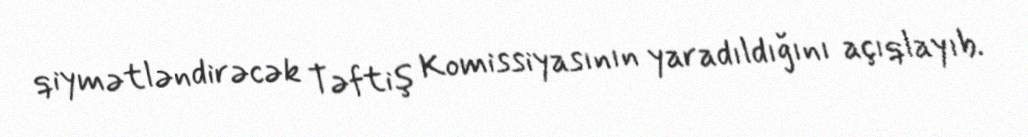
qiymətləndirəcək Təftiş Komissiyasının yaradıldığını açıqlayıb.